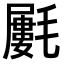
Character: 𣰢